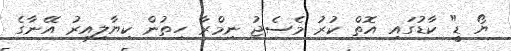
ޔޯ ޑީ" ކާޑުގައި އޮތް ކުރު މެސެޖު ނިމްރާ ހިތުން ކިޔާލިއިރު އޭނާގެ